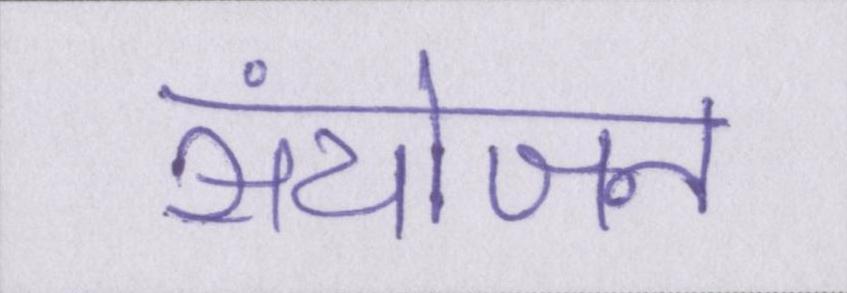
संयोजन